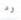
رد